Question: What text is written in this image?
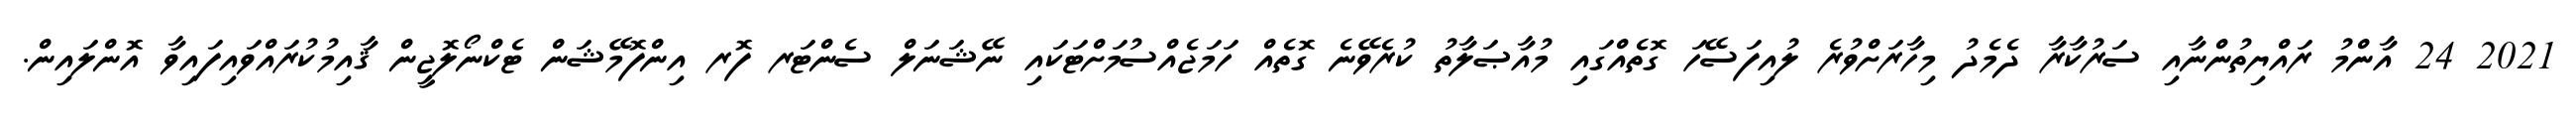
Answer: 2021 24 އާންމު ރައްޔިތުންނާއި ސަރުކާރާ ދެމެދު މިހާރަށްވުރެ ލުއިފަސޭހަ ގޮތެއްގައި މުއާޞަލާތު ކުރެވޭނެ ގޮތެއް ހަމަޖެއްސުމަށްޓަކައި ނޭޝަނަލް ސެންޓަރ ފޮރ އިންފޮމޭޝަން ޓެކްނޯލޮޖީން ޤާއިމުކުރައްވައިފައިވާ އޮންލައިން.